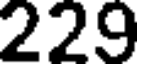
229